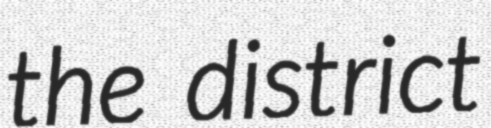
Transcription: the district